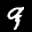
Label: 9